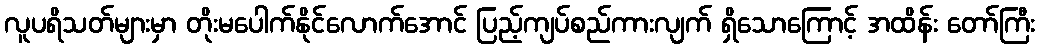
လူပရိသတ်များမှာ တိုးမပေါက်နိုင်လောက်အောင် ပြည့်ကျပ်စည်ကားလျက် ရှိသောကြောင့် အထိန်း တော်ကြီး